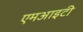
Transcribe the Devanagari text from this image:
एमआइटी